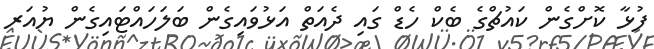
ފުޅާ ކޮށްގެން ކައުޗްގެ ބެކް ހެޑް ގައި ދެއަތް އަޅުވައިގެން ބަލަހައްޓައިގެން ޔުއަރ